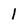
Character: 1